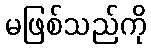
မဖြစ်သည်ကို